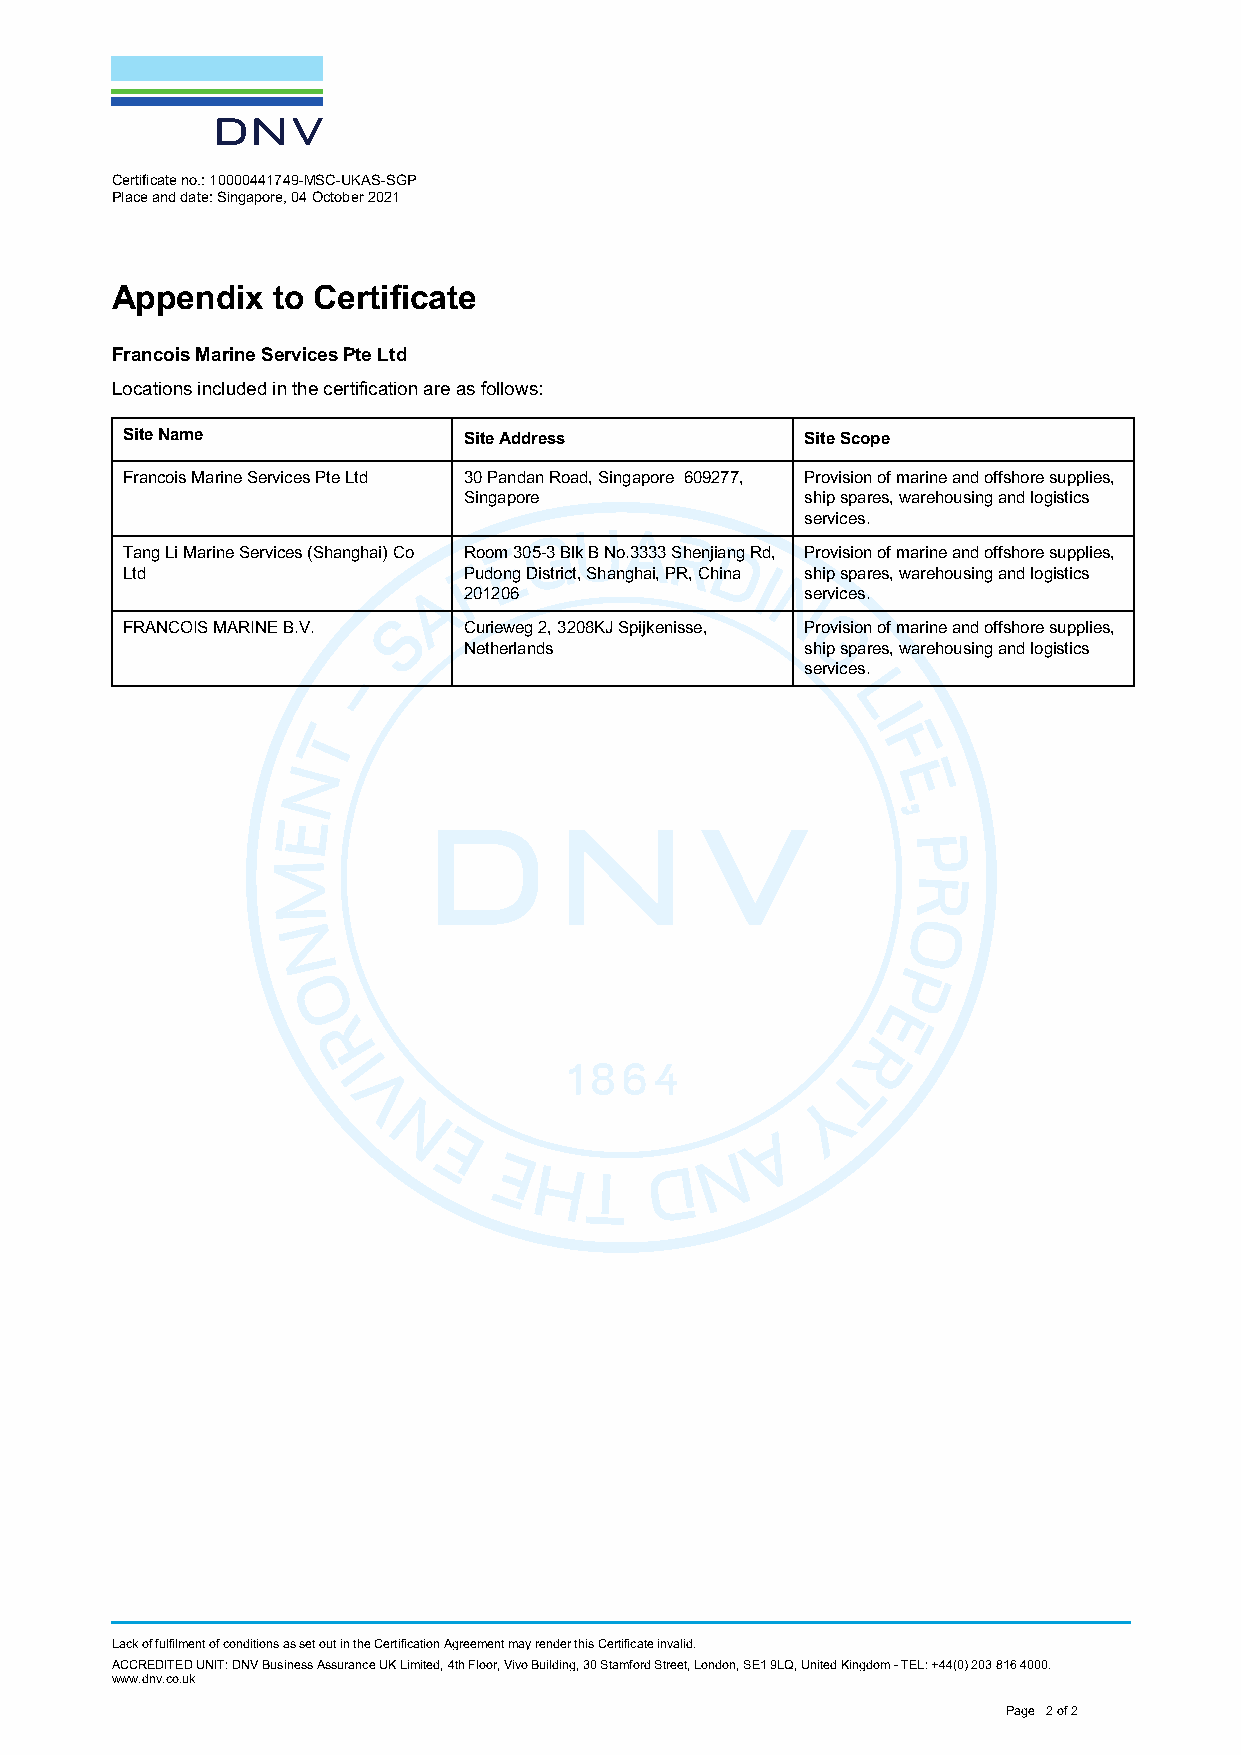
Certificate no.: 10000441749 -MSC -UKAS -SGP
 Place and date: Singapore, 04 October 2021
 Appendix   to Certificate
 Francois Marine Services Pte Ltd
 Locations included in the certification are as follows:
 Site Name              Site Address          Site Scope
 Francois Marine Services Pte Ltd 30 Pandan Road, Singapore 609277, Provision of marine and offshore supplies,
 Singapore             ship spares, warehousing and logistics
 services.
 Tang Li Marine Services (Shanghai) Co Room 305 -3 Blk B No.3333 Shenjiang Rd, Provision of marine and offshore supplies,
 Ltd                    Pudong District, Shanghai, PR, China ship spares, warehousing and logistics
 201206                services.
 FRANCOIS MARINE B.V.   Curieweg 2, 3208KJ Spijkenisse, Provision of marine and offshore supplies,
 Netherlands           ship spares, warehousing and logistics
 services.
 Lack of fulfilment of conditions as set out in the Certification Agreement may render this Certificate invalid.
 ACCREDITED UNIT: DNV Business Assurance UK Limited, 4th Floor, Vivo Building, 30 Stamford Street, London, SE1 9LQ, United Kingdom - TEL: +44(0) 203 816 4000 .
 www.dnv.co.uk
 Page 2 of 2